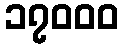
၁၇၀၀၀